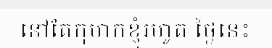
នៅតែកុហកខ្ញុំរហូត ថ្ងៃនេះ